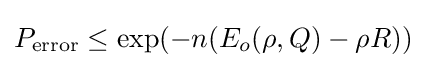
P_{\mathrm {error} }\leq \exp(-n(E_{o}(\rho ,Q)-\rho R))